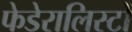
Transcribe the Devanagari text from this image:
फेडेरालिस्टों